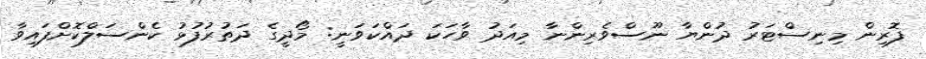
ފޮރިން މިނިސްޓަރު ދުންޔާ ނޫސްވެރިންނާ މިއަދު ވާހަކަ ދައްކަވަނީ: މޯދީގެ ދަތުރުފުޅު ކެންސަލްކޮށްފައިވާ